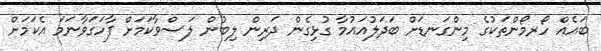
ބައެއް ހޯރމޯންތަކުގެ މިންގަނޑަށް ބަދަލުއައުމާ ގުޅިގެން ދަރިން ލިބުން ލަސްވާކަމަށް ފާހަގަވާނަމަ އެކަމަށް